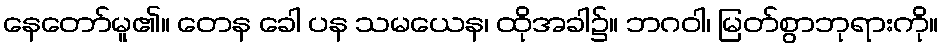
နေတော်မူ၏။ တေန ခေါ ပန သမယေန၊ ထိုအခါ၌။ ဘဂဝါ၊ မြတ်စွာဘုရားကို။